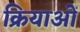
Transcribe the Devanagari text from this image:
क्रियाआें